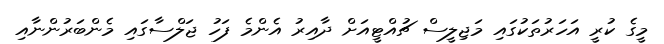
މީގެ ކުރީ އަހަރުތަކުގައި މަޖިލީސް ޗުއްޓީއަށް ދާއިރު އެންމެ ފަހު ޖަލްސާގައި މެންބަރުންނާއި